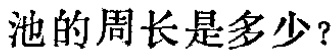
池的周长是多少？